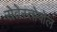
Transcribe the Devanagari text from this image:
सेवेस्तोपोल